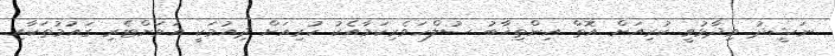
ނަޝީދު ވިދާޅުވީ ކުރިއަށް އޮތް އިންތިޚާބު ސުލްހަވެރިކަމާއެކު ކުރިއަށް ދިއުމަކީ އަވަށްޓެރި ގައުމުތަކާއި